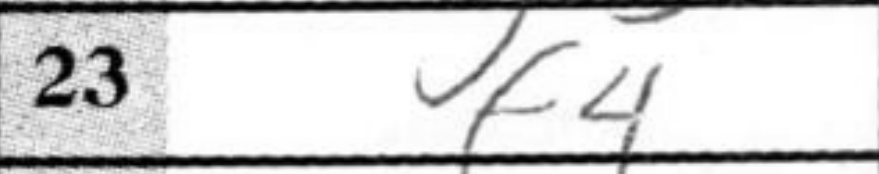
Transcription: f4